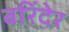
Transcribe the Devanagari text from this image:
बरिंदेर